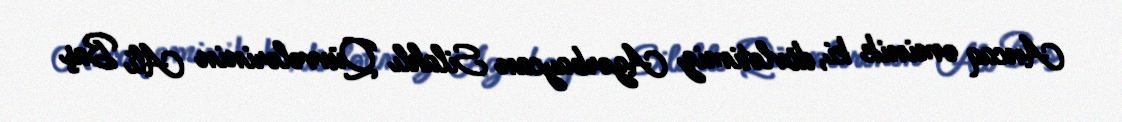
Ancaq əminik ki, dövlətimiz Azərbaycan Silahlı Qüvvələrinin Ali Baş